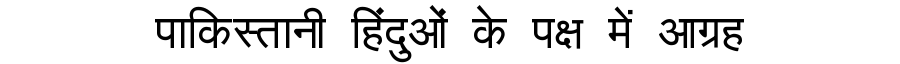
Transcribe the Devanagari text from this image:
पाकिस्तानी हिंदुओं के पक्ष में आग्रह